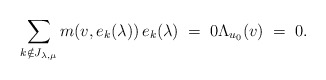
\begin{align*}\sum_{k\notin J_{\lambda, \mu}} m(v, e_k(\lambda))\, e_k(\lambda) \; = \; 0 \Lambda_{u_0}(v)\; = \; 0.\end{align*}